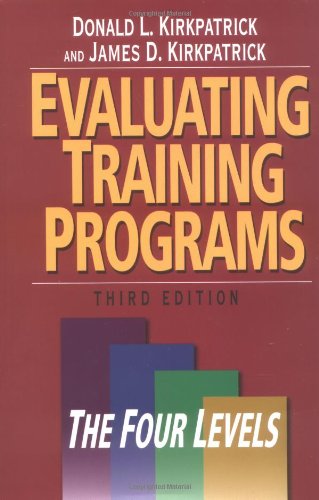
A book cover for Evaluating Training Programs: The Four Levels (3rd Edition); Donald L Kirkpatrick; Business & Money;